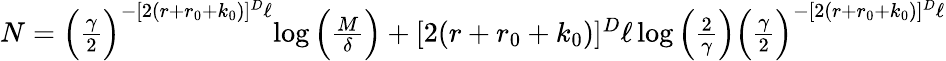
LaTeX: \begin{array}{r}{N=\Big(\frac{\gamma}{2}\Big)^{-[2(r+r_{0}+k_{0})]^{D}\ell}{\log\Big(\frac{M}{\delta}\Big)+[2(r+r_{0}+k_{0})]^{D}\ell\log\Big(\frac{2}{\gamma}\Big)}\Big(\frac{\gamma}{2}\Big)^{-[2(r+r_{0}+k_{0})]^{D}\ell}}\end{array}